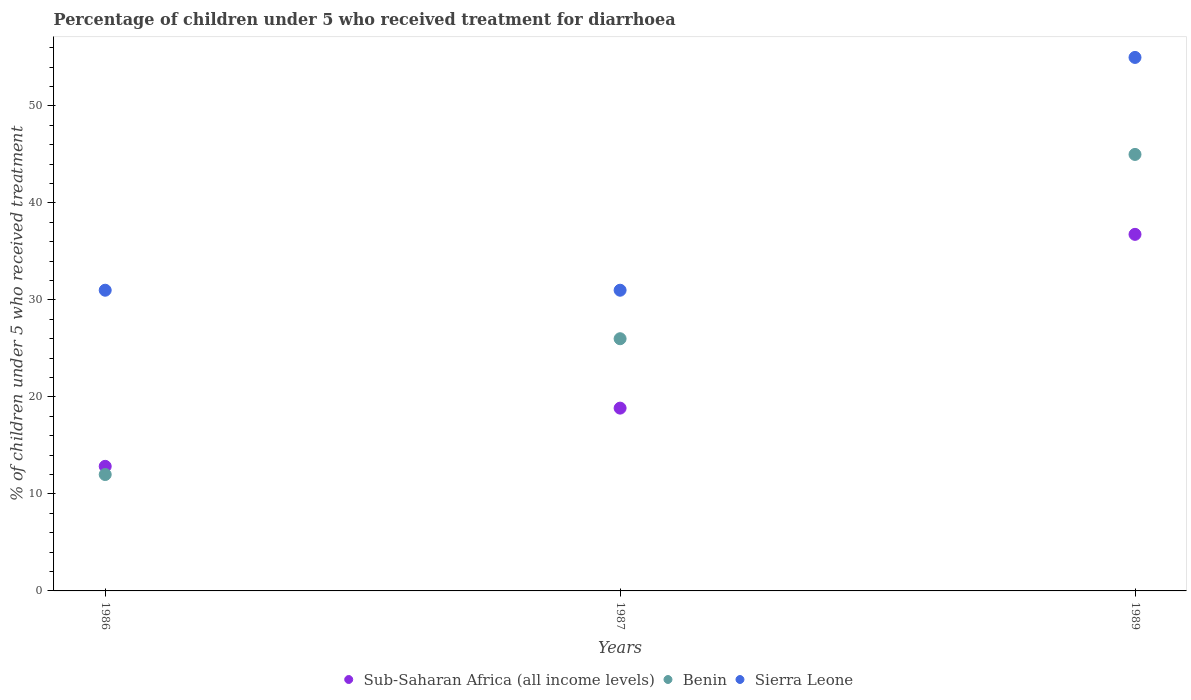
| Years | Sub-Saharan Africa (all income levels) | Benin | Sierra Leone |
 | --- | --- | --- | --- |
 | 1986 | 12.8 | 12 | 31 |
 | 1987 | 18.8 | 26 | 31 |
 | 1989 | 36.8 | 45 | 55 |